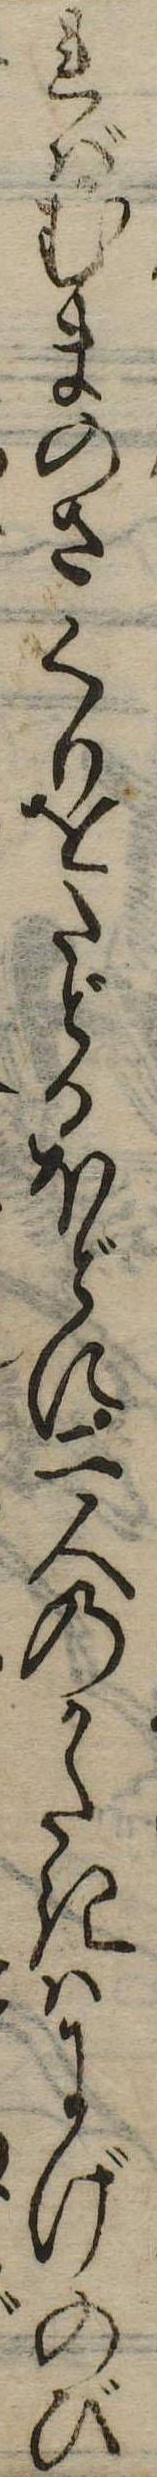
ればむまのさくりをたどるほどに二人のかたにはにげのび